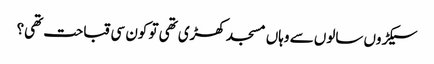
سیکڑوں سالوں سے وہاں مسجد کھڑی تھی تو کون سی قباحت تھی؟